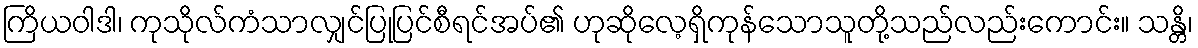
ကြိယဝါဒါ၊ ကုသိုလ်ကံသာလျှင်ပြုပြင်စီရင်အပ်၏ ဟုဆိုလေ့ရှိကုန်သောသူတို့သည်လည်းကောင်း။ သန္တိ၊